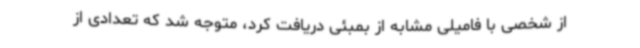
از شخصی با فامیلی مشابه از بمبئی دریافت کرد، متوجه شد که تعدادی از